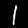
Label: 1